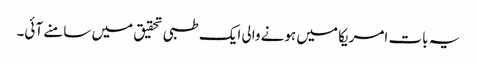
یہ بات امریکا میں ہونے والی ایک طبی تحقیق میں سامنے آئی۔